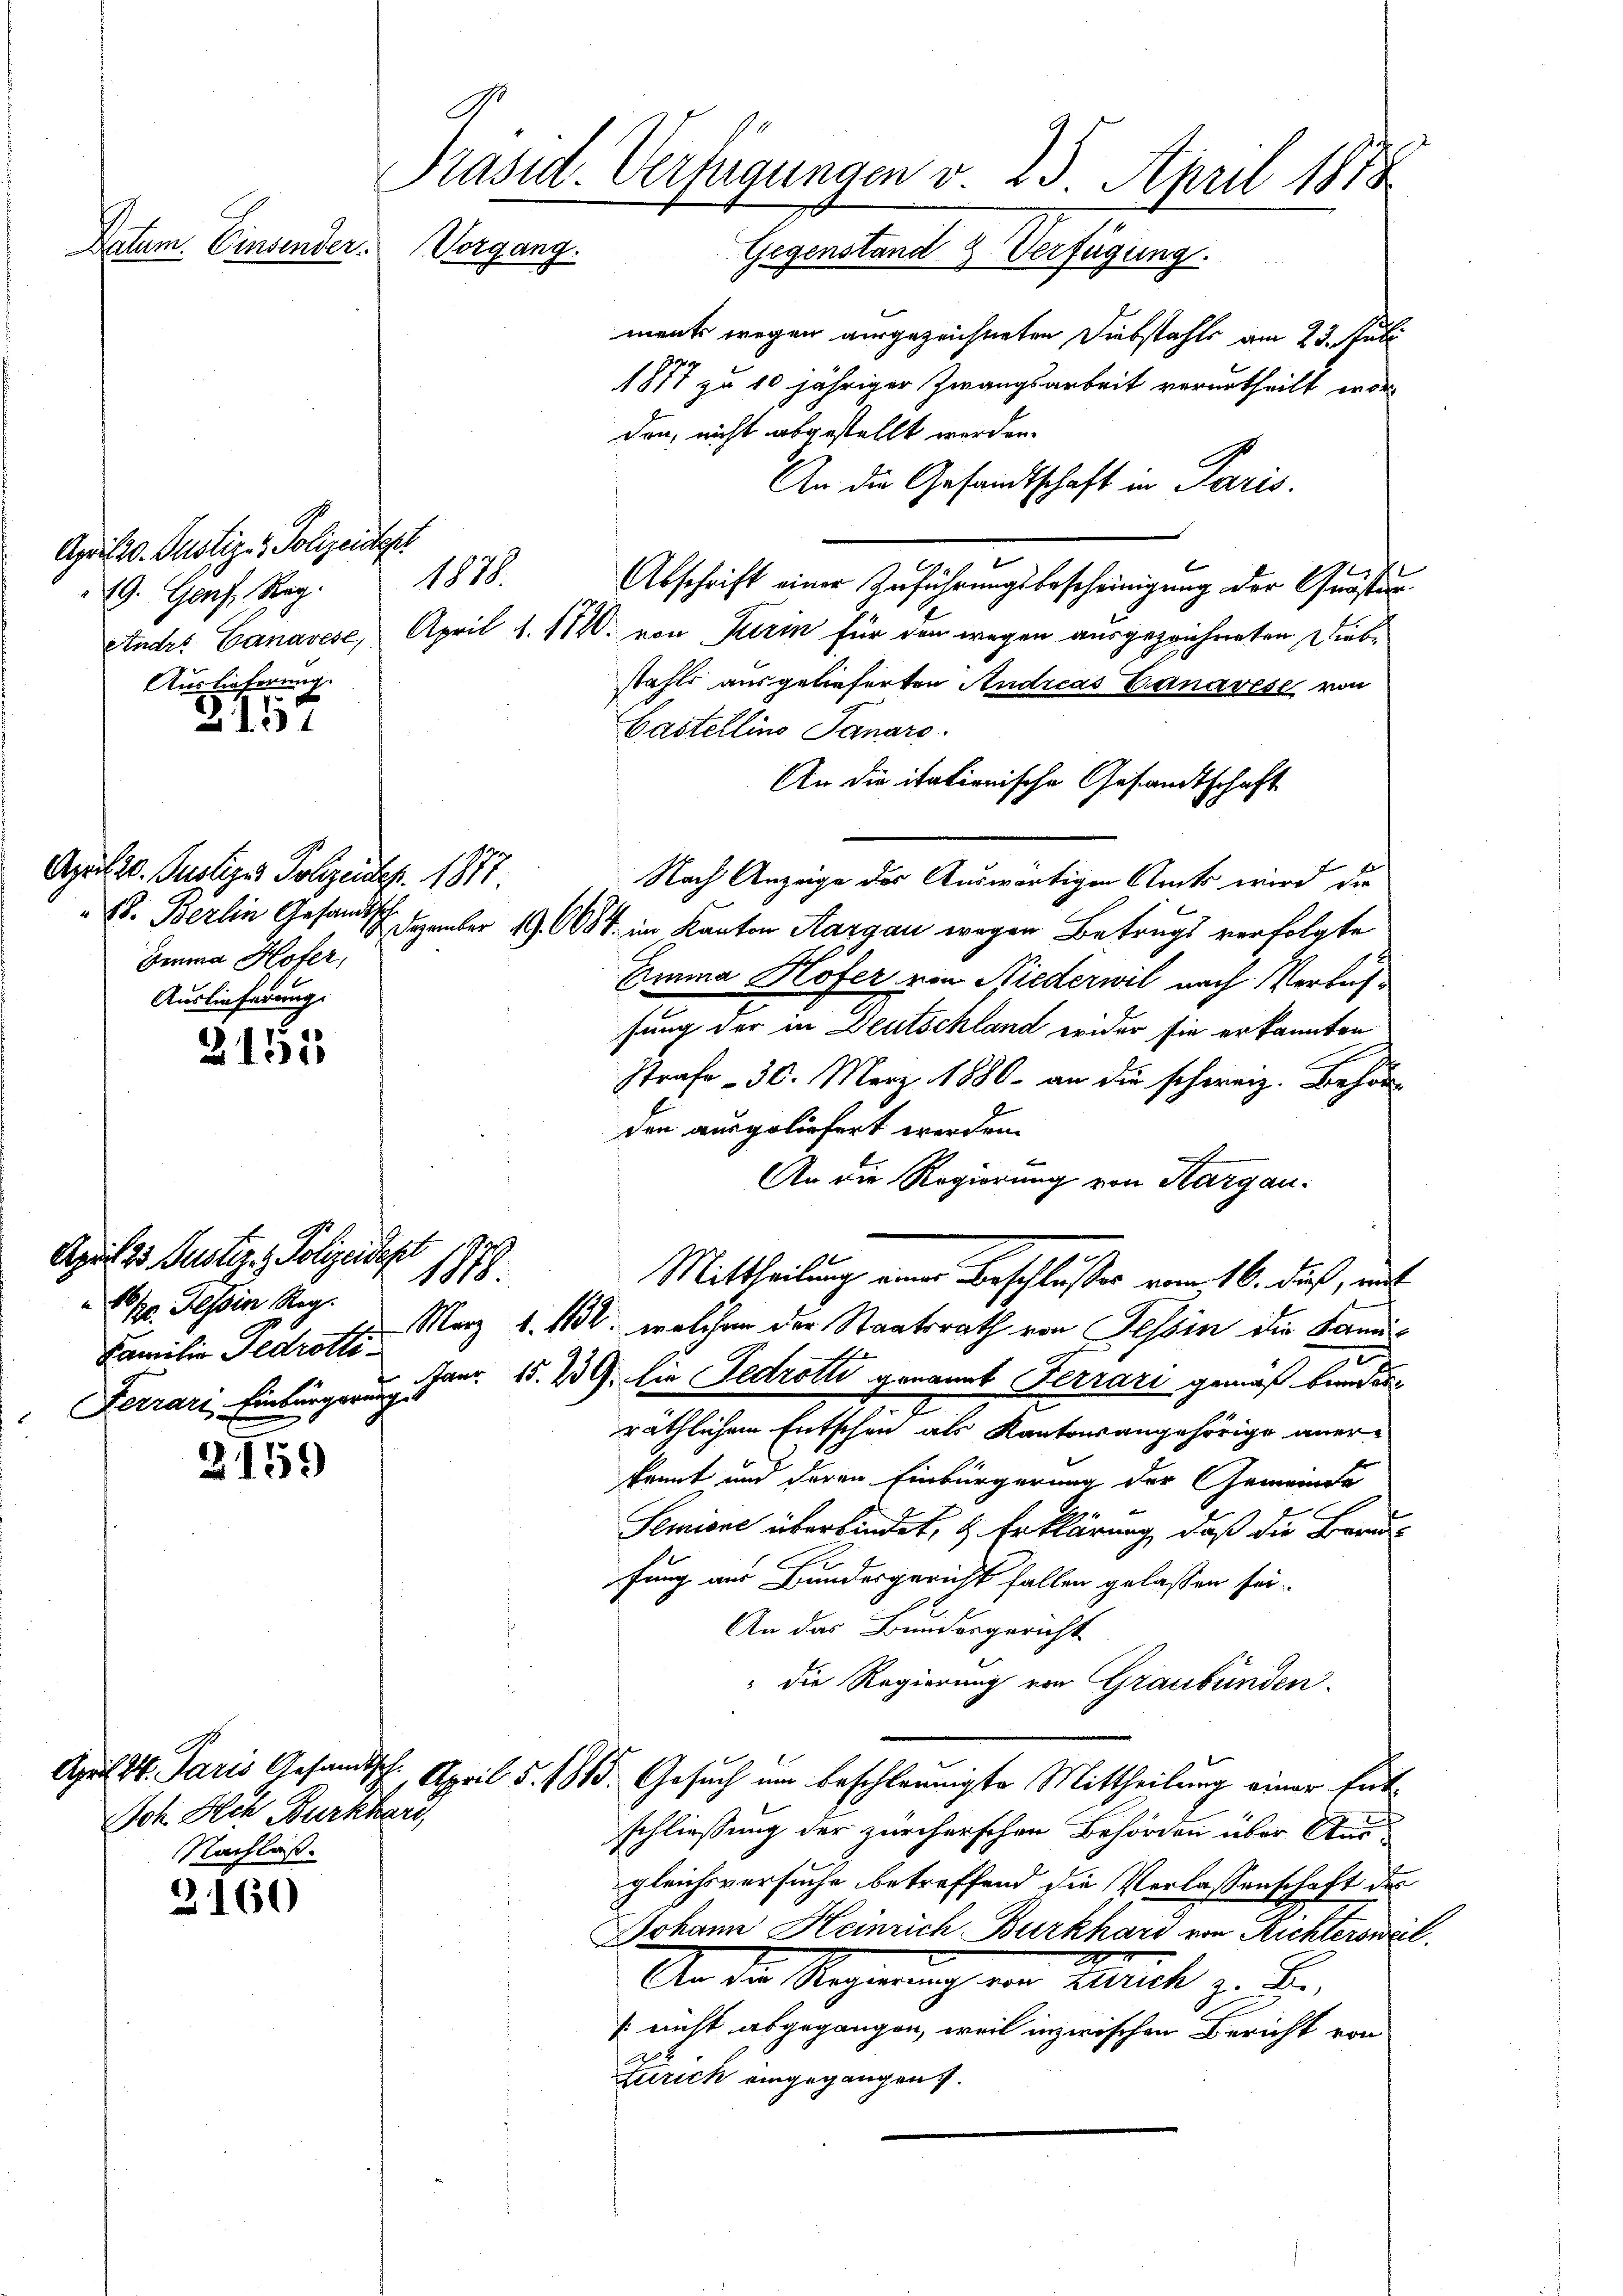
Präsid. Verfügungen v. 23. April 1878
Datum. Einsender
Vorgang. Gegenstand 2. Verfügung.
ments wegen ausgezeichneten Diebstahls am 23. Juli
1877 zu 10 jähriger Zwangsarbeit verurtheilt wor¬

April 20. Justiz- & Polizeider
9. Genf, Reg. 1878.
Auslieferung.

April 23. Justiz- & Polizeidest
110. Tessin Reg.
Familie Ildrotti

2157

2151

3159

Joh. Ach Burkhard,
Nachlaß.

3160

18.

Apul 20. Justiges Polizeipr. 1877.
Gemma Hofer,
Auslieferung.

den, nicht abgestellt werden.
An die Gesandtschaft in Paris.
Abschrift einer Zuführungsbescheinigung der Quastun
EIndes Ganaves, April 1. 1120. von Turin für den wegen ausgezeichneten Diebstahls ausgelieferten Andreas Banavise von
Castellino Janaro
An die itationische Gesandtschaft
Nach Anzeige der Auswärtigen Amts wird die
S. Berlin Gesandtsch. Dezember 19. 6684. im Kanton Aargau wegen Betrugs verfolgte
Emma Hofer von Niederwil nach Verlus
sung der in Deutschland wider sie erkannten
Strafe - 30. März 1880 an die schweiz. Behör
den ausgeliefert werden.
An die Regierung von Aargau¬
Mittheilung einer Beschlußes vom 16. dieß, mit
März 1. 161, welchen der Staatsrath von Tessin die Fami¬
Ferrari. Einbürgerung. Janr. 15. 239. Die Fedrotti genannt Ferrari gemäß beiden
2
räthlichem Entschen als Kantonsangehörige aner-
kannt und deren Einbürgerung der Gemeinde
Semiene überkindet, 4 Erklärung, daß die Berufung aus Bundesgericht fallen gelassen sei.
An das Bundesgericht
" die Regierung von Graubünden.
April d. Paris Gesandtsch. April d. 1815. Gesŭch um beschleunigte Mittheilung einer hat
schliessung der zürcherschen Behörden über der
gleichsversuche betreffend die Verlassenschaft des
Johann Heinrich Burkhard von Richtersweil
2
An die Regierung von Zürich z. B.
[nicht abgegangen, weil inzwischen Bericht von
Zürich eingegangen.